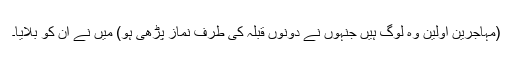
(مہاجرین اوّلین وہ لوگ ہیں جنہوں نے دونوں قبلہ کی طرف نماز پڑھی ہو) میں نے ان کو بلایا۔